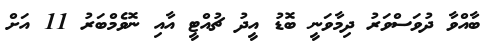
ބާއްވާ ދުވަސްވަރު ދިމާވަނީ ބޮޑު އީދު ޗުއްޓީ އާއި ނޮވެމްބަރު 11 އަށް